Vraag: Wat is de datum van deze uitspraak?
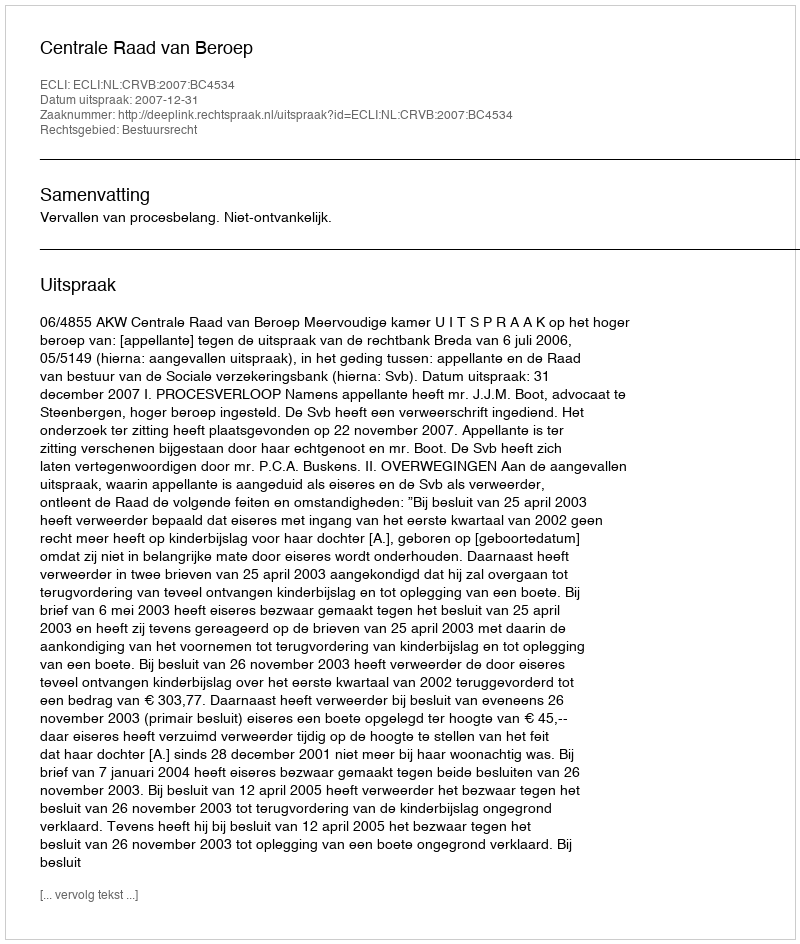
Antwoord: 2007-12-31